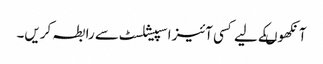
آنکھوںکے لیے کسی آئیزاسپیشلسٹ سے رابطہ کریں۔